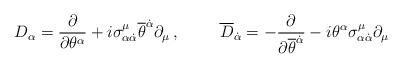
LaTeX: \begin{align*}D_{\alpha}=\frac{\partial}{\partial \theta^{\alpha}}+i\sigma^{\mu}_{\alpha {\dot \alpha}}{\overline \theta}^{\dot \alpha} \partial_{\mu} \, ,\hspace{1cm}{\overline D}_{\dot \alpha}=-\frac{\partial}{\partial {\overline \theta}^{\dot \alpha}}-i \theta^{\alpha}\sigma^{\mu}_{\alpha {\dot \alpha}} \partial_{\mu}\end{align*}